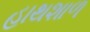
હાથશાળ